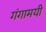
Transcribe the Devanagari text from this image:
गंगामयी